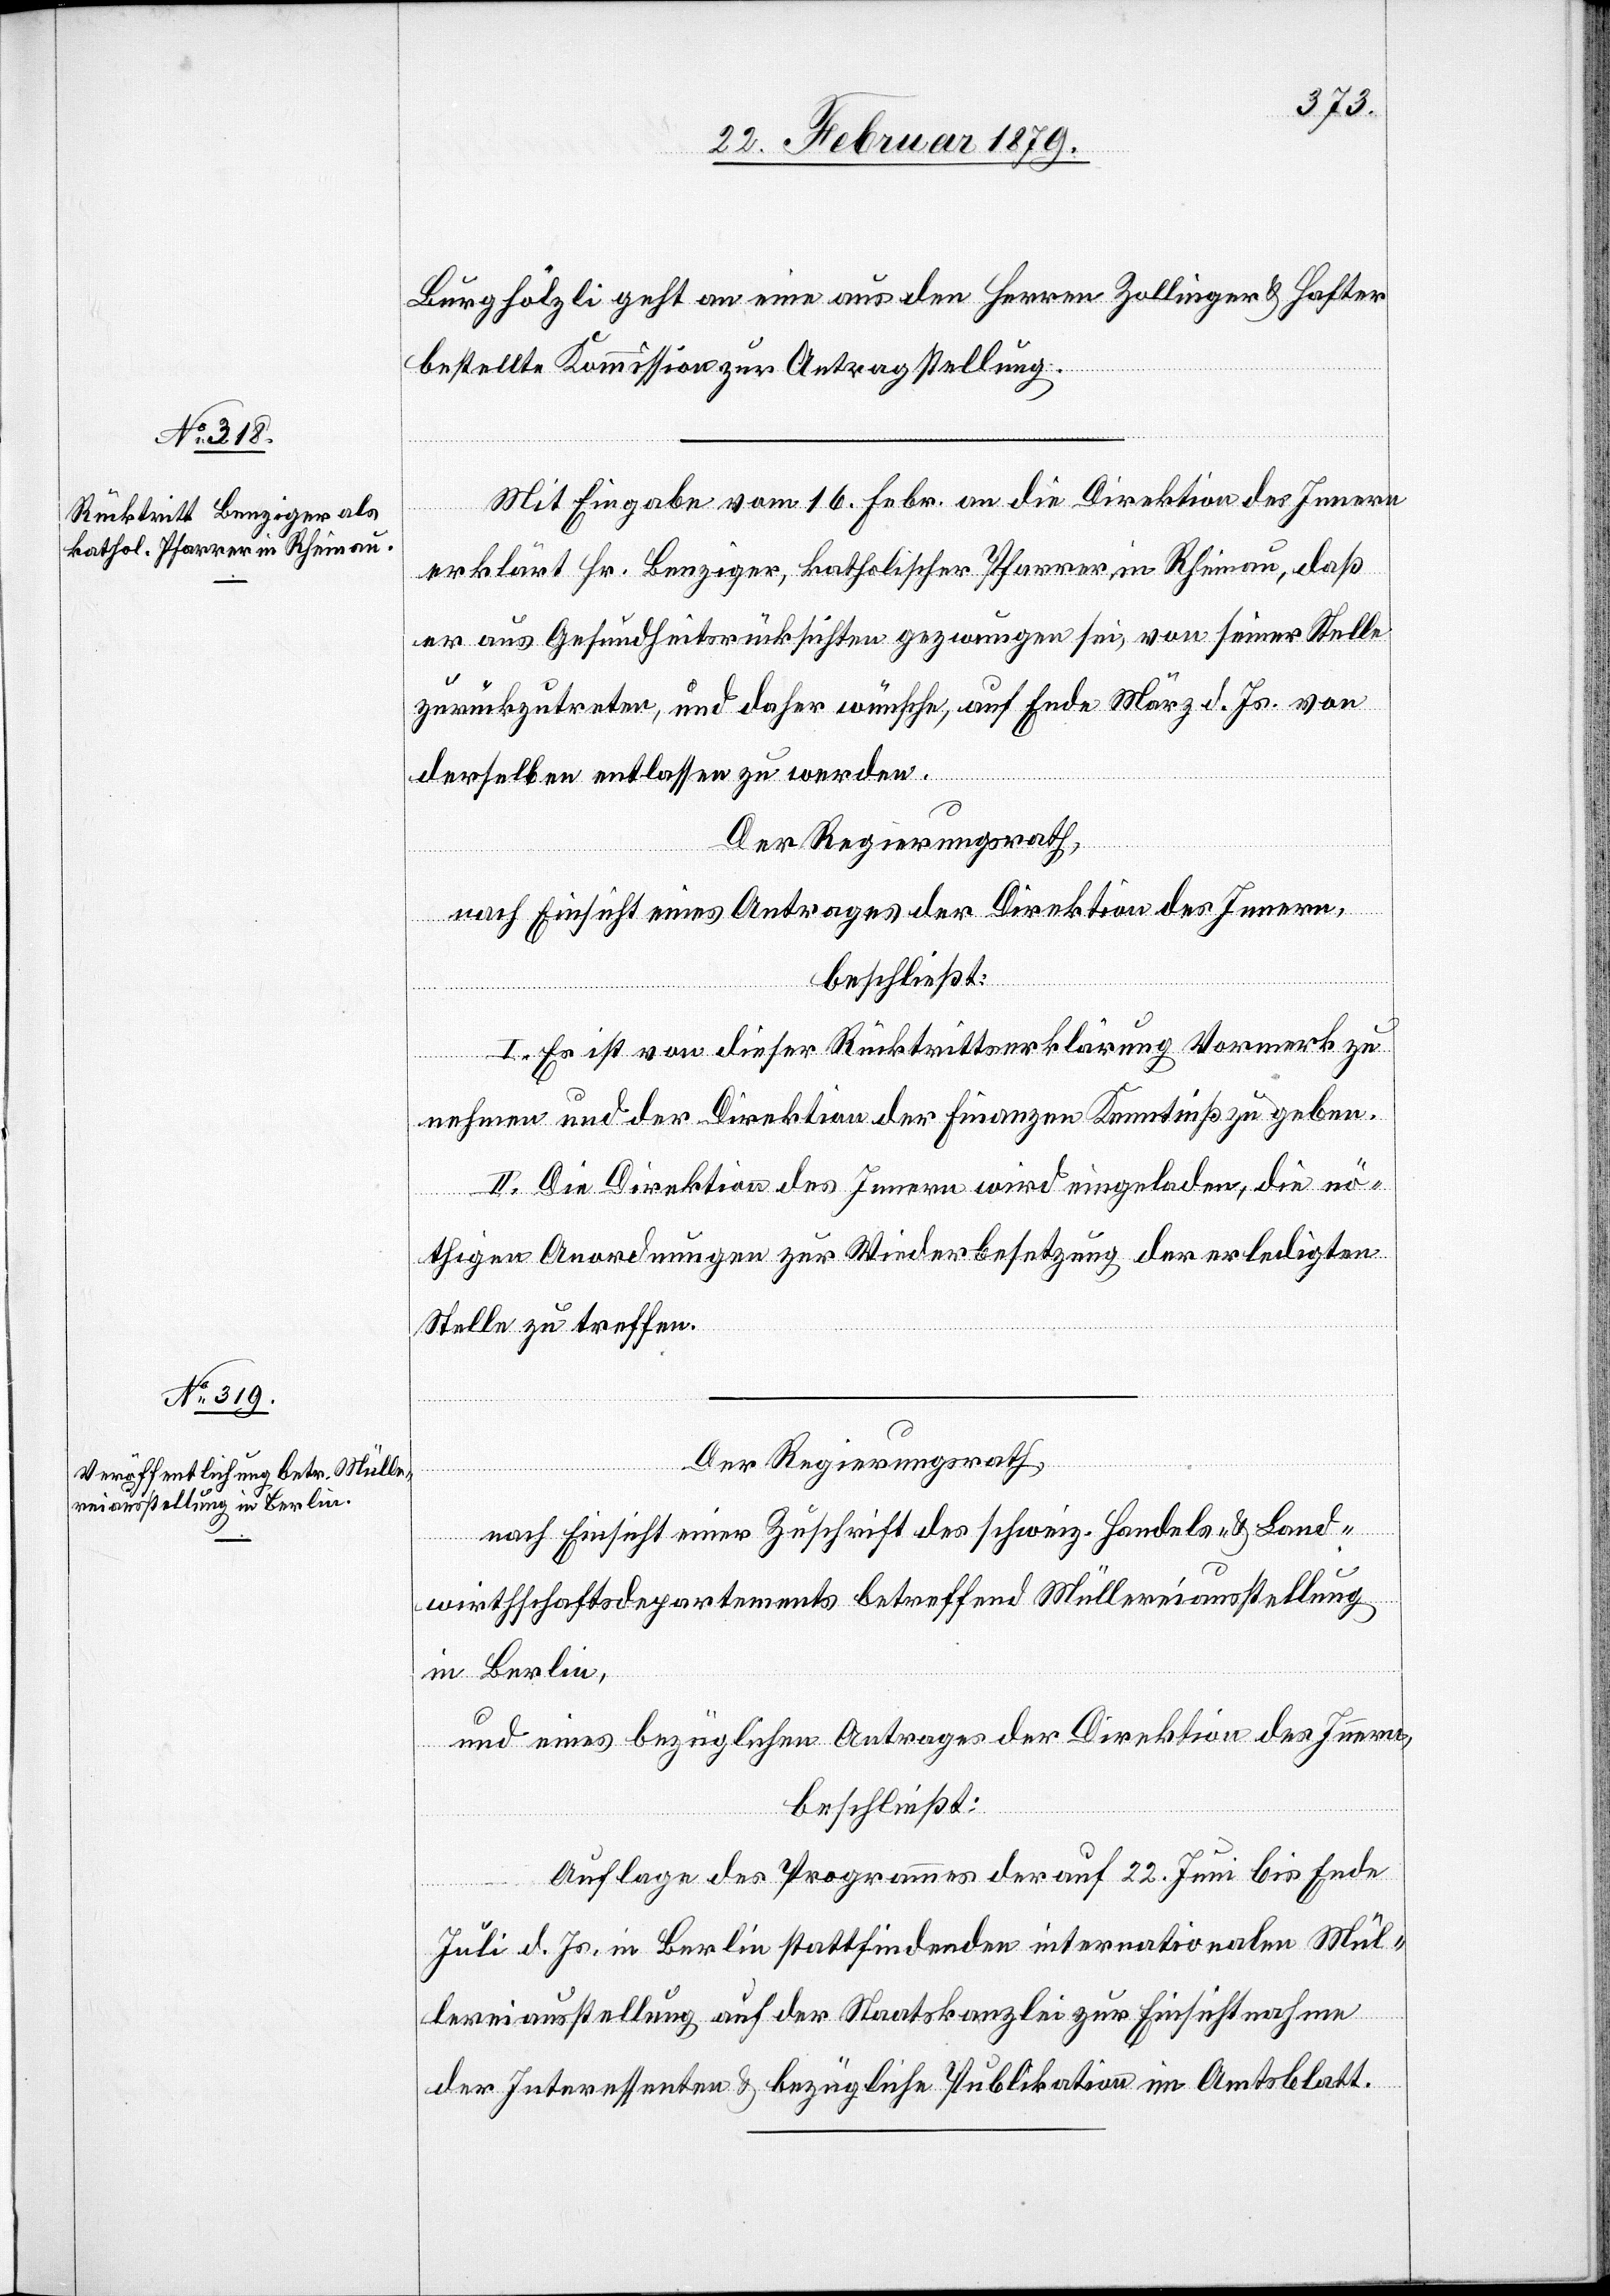
Burghölzli geht an eine aus den Herren Zollinger & Hafter
bestellte Kommission zur Antragstellung.
Mit Eingabe vom 16. Febr. an die Direktion des Innern
erklärt Hr. Benziger, katholischer Pfarrer in Rheinau, daß
er aus Gesundheitsrücksichten gezwungen sei, von seiner Stelle
zurückzutreten, und daher wünsche, auf Ende März d. Js. von
derselben entlassen zu werden.
Der Regierungsrath,
nach Einsicht eines Antrages der Direktion des Innern,
beschließt:
I. Es ist von dieser Rücktrittserklärung Vormerk zu
nehmen und der Direktion der Finanzen Kenntniß zu geben.
II. Die Direktion des Innern wird eingeladen, die nö¬
thigen Anordnungen zur Wiederbesetzung der erledigten
Stelle zu treffen.
Der Regierungsrath,
nach Einsicht einer Zuschrift des schweiz. Handels- & Land¬
wirthschaftsdepartements betreffend Müllereiausstellung
in Berlin,
und eines bezüglichen Antrages der Direktion des Innern,
beschließt:
Auflage des Programmes der auf 22. Juni bis Ende
Juli d. Js. in Berlin stattfindenden internationalen Mül¬
lereiausstellung auf der Staatskanzlei zur Einsichtnahme
der Interessenten & bezügliche Publikation im Amtsblatt.